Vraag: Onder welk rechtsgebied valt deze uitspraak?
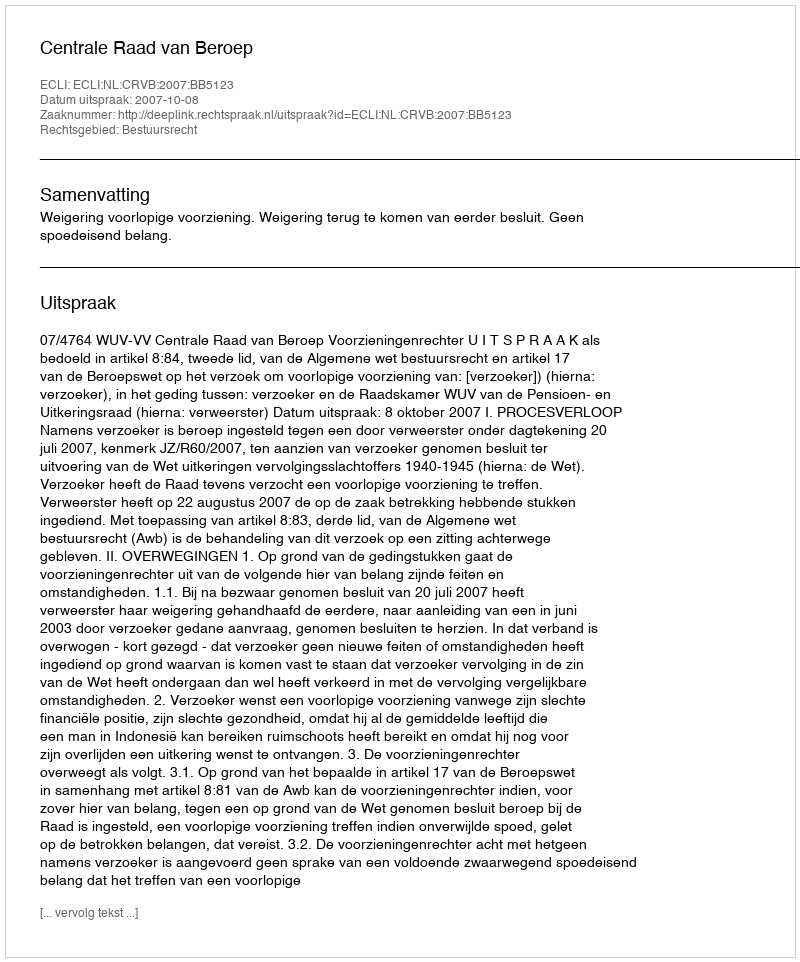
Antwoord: Bestuursrecht